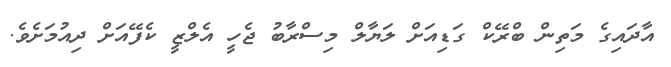
އާދައިގެ މަތިން ބްރޭކް ގަޑިއަށް ލަޔާލް މިސްރާބު ޖެހީ އެލްޒީ ކެފޭއަށް ދިއުމަށެވެ.